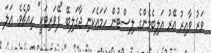
ވަރު ވާއިރު އޭރު އަލިބެމެންގެ ލިސްޓުން ހަމައެކަނި ޖާގަލިބޭ "ފޭވަރިޓަކީ" ހިއްޗެވެ. އަލަ